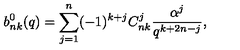
b _ { n k } ^ { 0 } ( q ) = \sum _ { j = 1 } ^ { n } ( - 1 ) ^ { k + j } C _ { n k } ^ { j } \frac { \alpha ^ { j } } { q ^ { k + 2 n - j } } ,